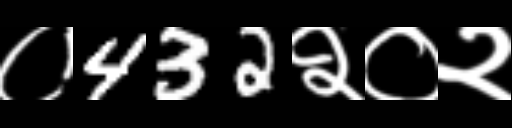
Text: ०432२०२